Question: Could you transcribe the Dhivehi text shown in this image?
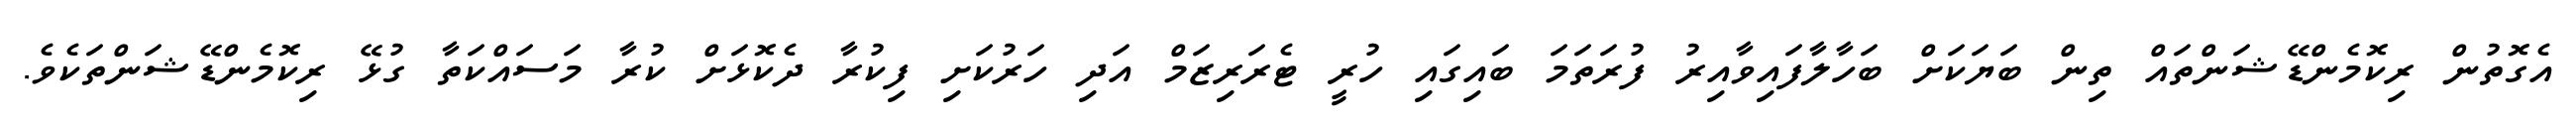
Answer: އެގޮތުން ރިކޮމެންޑޭޝަންތައް ތިން ބަޔަކަށް ބަހާލާފައިވާއިރު ފުރަތަމަ ބައިގައި ހުރީ ޓެރަރިޒަމް އަދި ހަރުކަށި ފިކުރާ ދެކޮޅަށް ކުރާ މަސައްކަތާ ގުޅޭ ރިކޮމެންޑޭޝަންތަކެވެ.